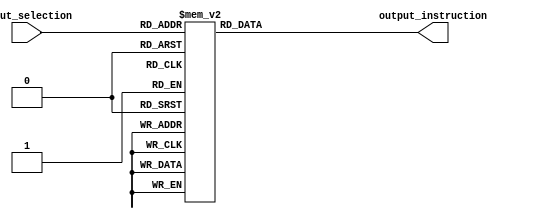
module mux16x1(output_instruction, input_selection);
	output reg [31:0] output_instruction;
	input [3:0] input_selection;
	
	always @(input_selection) begin
		case (input_selection)
			0 : output_instruction = 32'b00100000000010000000000000000010;
			1 : output_instruction = 32'b00100100000010010000000000000100;
			2 : output_instruction = 32'b00110100000010100000000000001000;
			3 : output_instruction = 32'b00000000000010010101100010000000;
			4 : output_instruction = 32'b00000001011010110110000000100000;
			5 : output_instruction = 32'b00000000000011000110100101000010;
			6 : output_instruction = 32'b00000001001011010111000000100010;
			7 : output_instruction = 32'b00000001110011010111100000100100;
			8 : output_instruction = 32'b00000001110011011100000000100101;
			9 : output_instruction = 32'b00101011000110010000000000000100;
			10 : output_instruction = 32'b00000000000110001000000001000011;
			11 : output_instruction = 32'b00000010000110001000100000101011;
			12 : output_instruction = 32'b00111100000100101111111111111111;
			13 : output_instruction = 32'b00110011000100110000000000000011;
			14 : output_instruction = 32'b00110011000101000000000000000011;
			15 : output_instruction = 32'b00110011000101010000000000000011;
			default : $display("Error in selection of intruction in mux16x1!");
		endcase
	end
endmodule